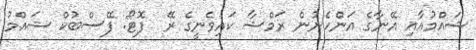
ޝައްމުއާއި އޭނާގެ އަންހެނުން ރަމްޝާ ކައިވެނީގެ ރޭ  ފޮޓޯ: ފޭސްބުކް ޝައްމު